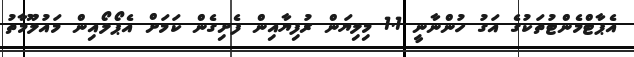
އެޕާޓްމެންޓުތަކުގެ އަގު ހުންނާނީ 1.1 މިލިޔަން ރުފިޔާއިން ފެށިގެން ކަމަށް އެޕޯލޯއިން މައުލޫމާތު